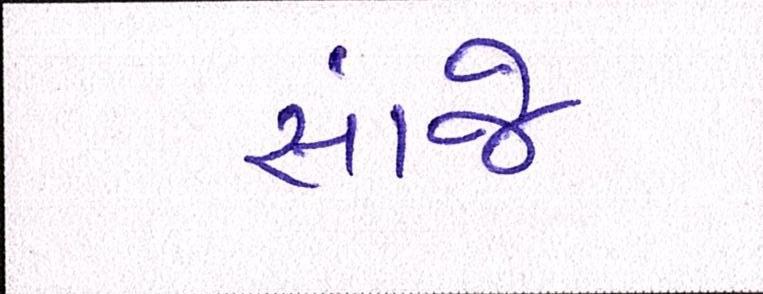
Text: સાંજે